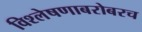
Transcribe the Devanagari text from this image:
विश्लेषणाबरोबरच